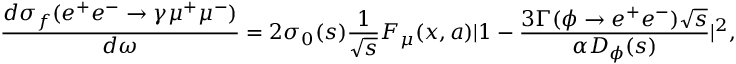
\frac { d \sigma _ { f } ( e ^ { + } e ^ { - } \to \gamma \mu ^ { + } \mu ^ { - } ) } { d \omega } = 2 \sigma _ { 0 } ( s ) \frac { 1 } { \sqrt { s } } F _ { \mu } ( x , a ) | 1 - \frac { 3 \Gamma ( \phi \to e ^ { + } e ^ { - } ) \sqrt { s } } { \alpha D _ { \phi } ( s ) } | ^ { 2 } ,